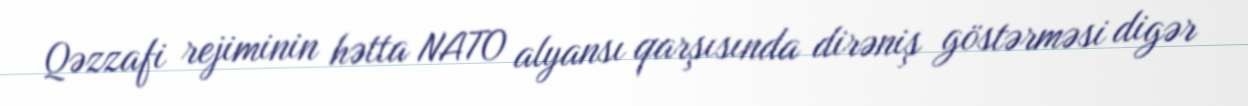
Qəzzafi rejiminin hətta NATO alyansı qarşısında dirəniş göstərməsi digər